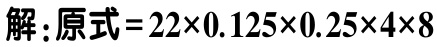
解：原式=$22\times0.125\times0.25\times4\times8$